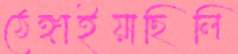
ঠেঙ্গাইয়াছিলি